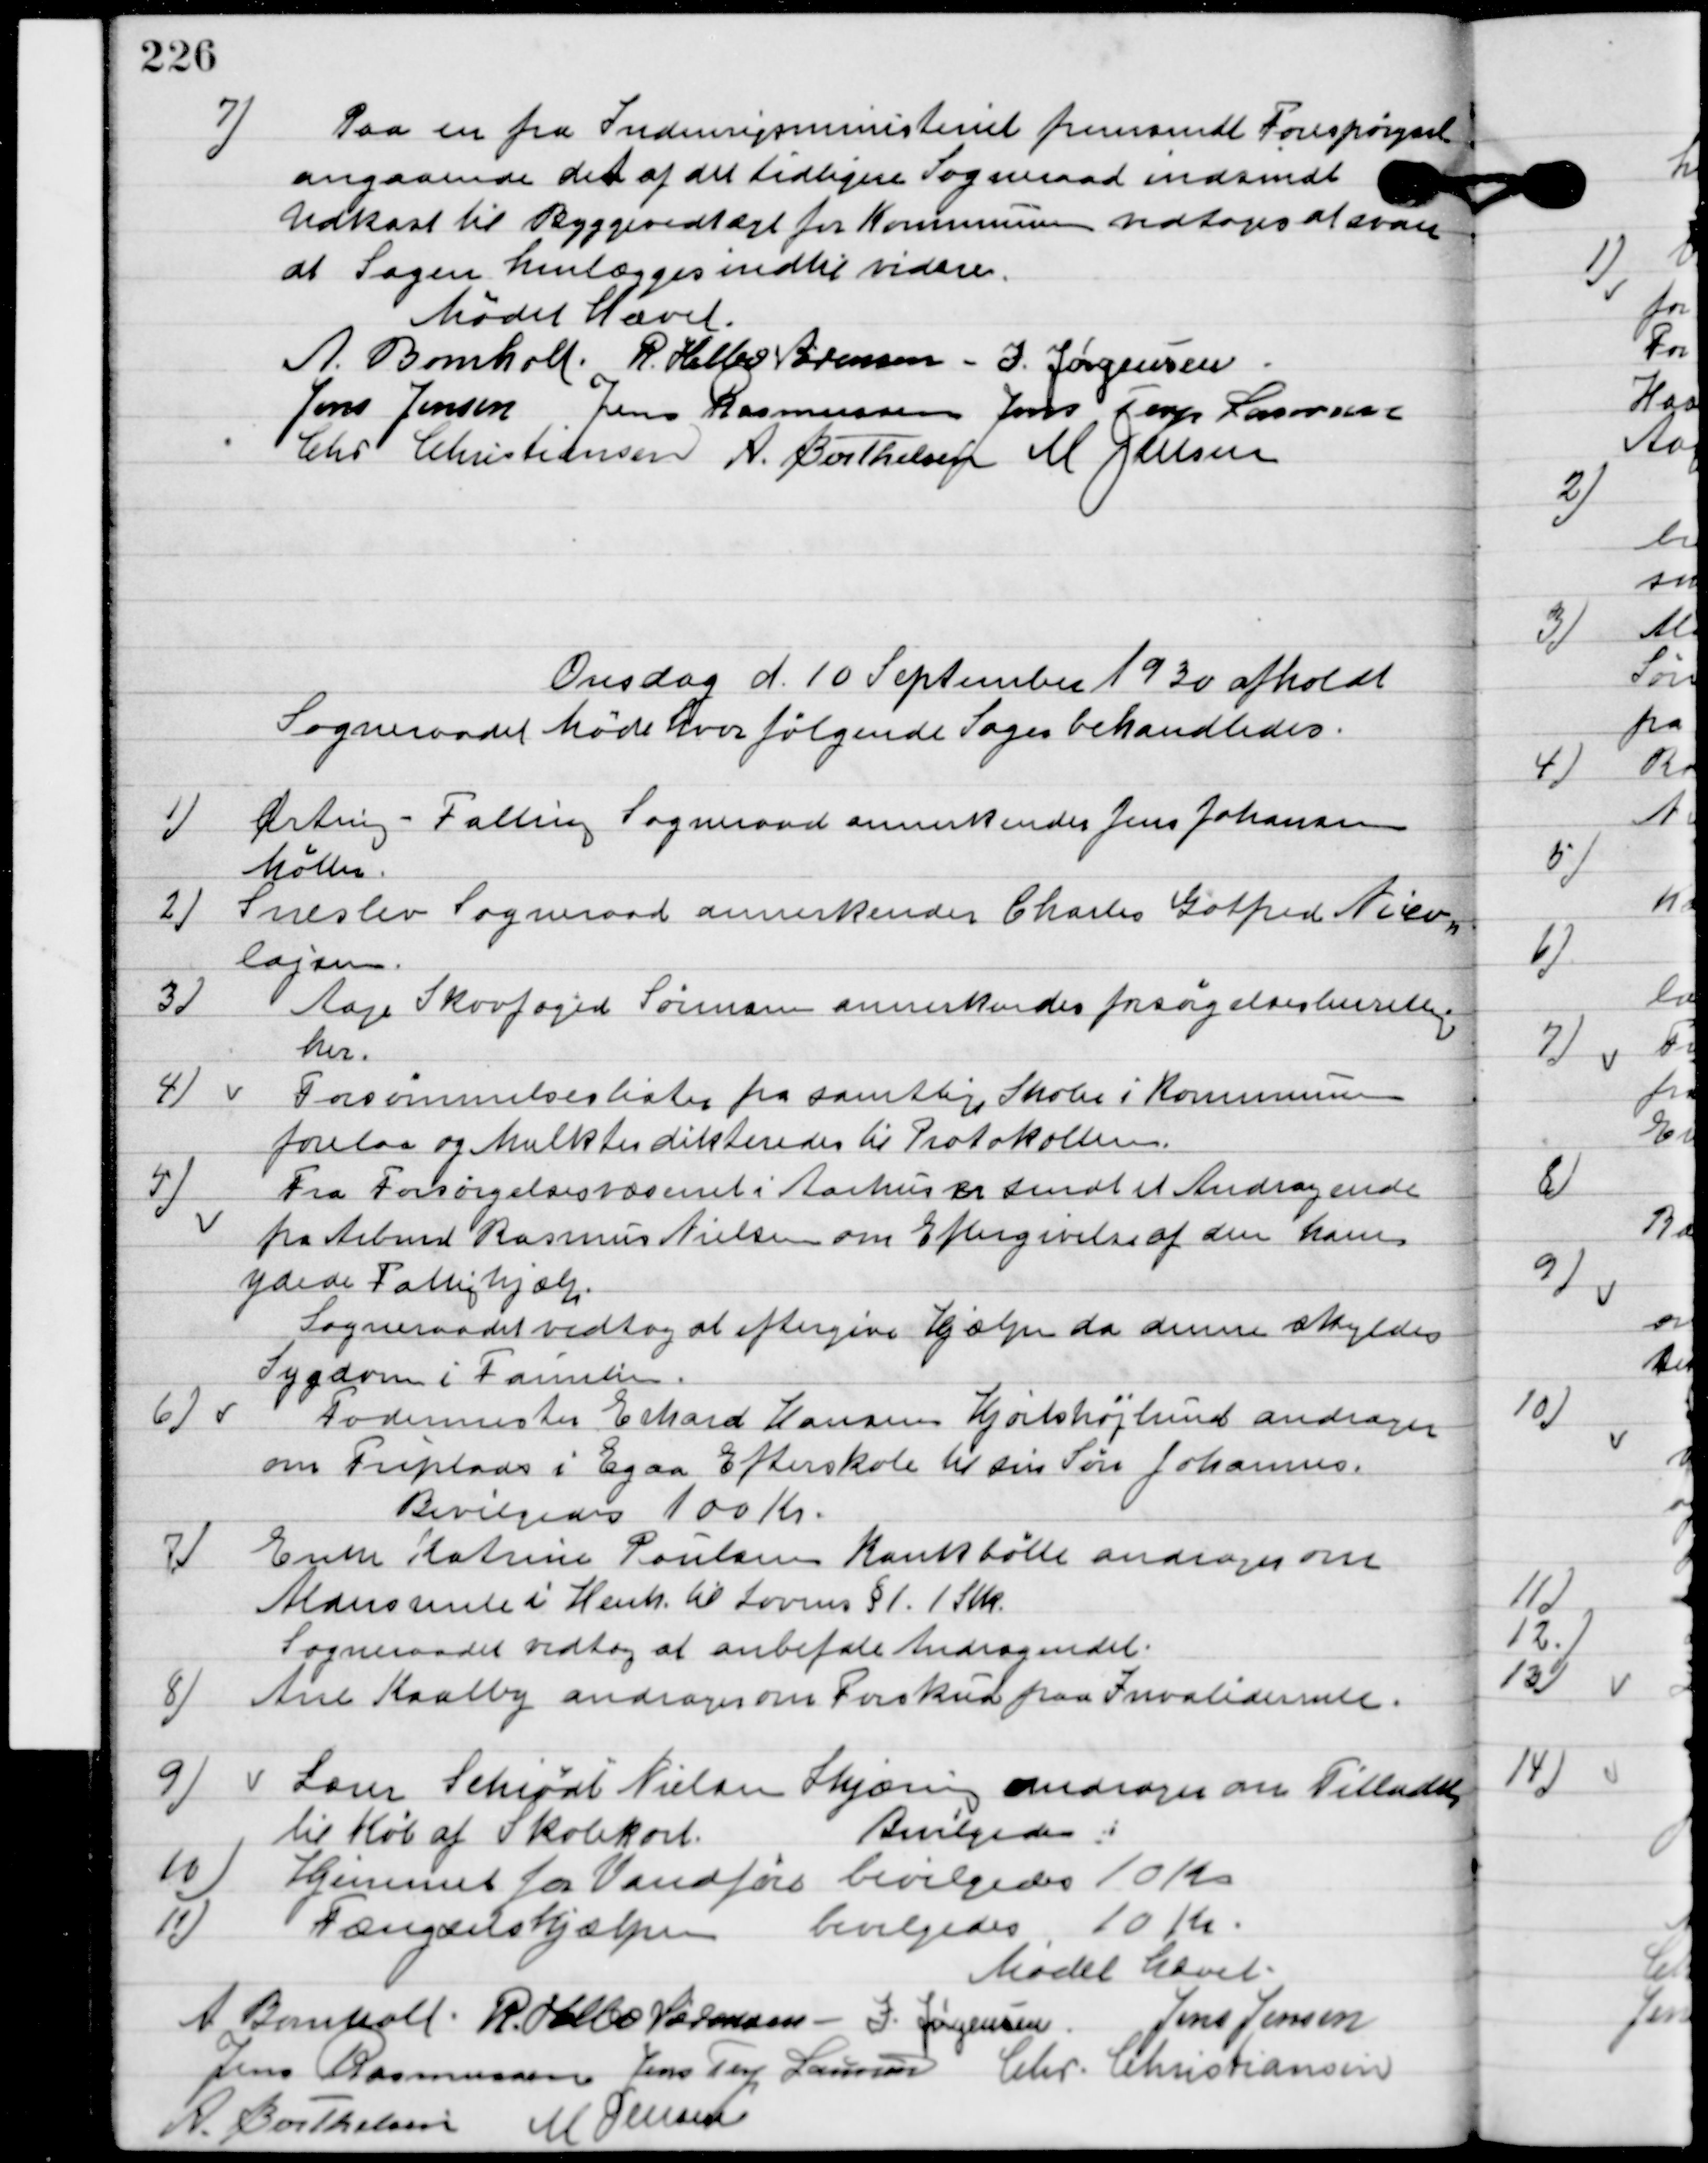
Transskription:
7

Paa en fra Indenrigsministeriet fremsendt Forespørgsel
angaaende det af det tidlige sogneraad indsendt
Udkast til Byggevedtægt for Kommune vedtoges at svare
at sagen henlægges indtil videre.

Mødet hævet.

A. Bomholt
R. Helbo Sørensen
I. Jørgensen
Jens Jensen
Jens Rasmussen
Jens Terp Laursen
Chr. Christiansen
A. Berthelsen
M. Jensen

Onsdag d. 10. September 1930 afholdt
Sogneraadet Møde hvor følgende sager behandledes.

1

Ørting-Falling Sogneraad annerkender Jens Johansen
Møller.

2

Sneslev Sogneraad annerkender Charles Gotfred Niko=
lajsen.

3

Aage Skovfoged Sørensen anerkendes forsørgelsesberettiget
her.

4

Forsømmelseslisterne for samtlige Skoler i kommunen forelaa
og Mulkter dikteredes til Protokollen.

5.

Fra Forsørgelsesvæsenet i Aarhus var sendt et Andragende
fra Arbmd. Rasmus Nielsen om Eftergivelse af den ham
ydede Fattighjælp.
Sogneraadet vedtog at eftergive Hjælpen da denne skyldes
Sygdom i Familien.

6

Fodermester Erhard Hansen Hjortshøjlund andrager
om Friplads i Egaa Efterskole til sin Søn Johannes.
Bevilgedes 100 Kr.

7

Enke Katrine Poulsen Krankbølle andrager om
Aldersrente i Henh. Til Loven § 1. 1 Stk.
Sogneraadet vedtog at anbefale Andragendet.

8

Ane Kaalby andrager om forskud paa Invalide rente.

9.

Lærer Schiødt Nielsen Skjæring andrager om tilladelse
til Køb af Skolekort.
Bevilgedes.

10.

Hjemmet for Vandføre Bevilgedes 10 Kr.

11

Fængselshjælpen.
Bevilgedes 10 Kr.

Mødet hævet.

A. Bomholt
R. Helbo Sørensen
I. Jørgensen
Jens Jensen
Jens Rasmussen
Jens Terp Laursen
Chr. Christiansen
A. Berthelsen
M. Jensen